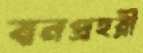
বনপ্রহরী